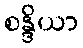
စန္ဒိယာ